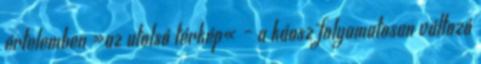
értelemben »az utolsó térkép« – a káosz folyamatosan változó